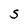
Character: S